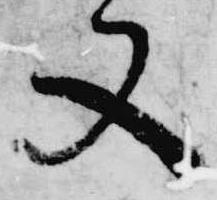
又